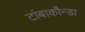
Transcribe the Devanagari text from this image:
टांबाकौन्डा